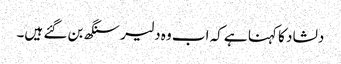
دلشاد کا کہنا ہے کہ اب وہ دلیر سنگھ بن گئے ہیں۔